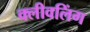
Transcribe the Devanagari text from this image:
क्लीवलिंग